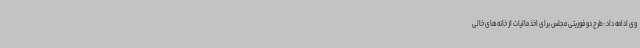
وی ادامه داد: طرح دو فوریتی مجلس برای اخذ مالیات از خانه‌های خالی